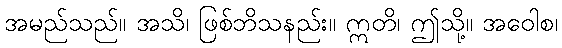
အမည်သည်။ အသိ၊ ဖြစ်ဘိသနည်း။ ဣတိ၊ ဤသို့။ အဝေါစ၊